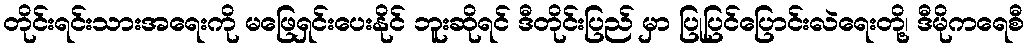
တိုင်းရင်းသားအရေးကို မဖြေရှင်းပေးနိုင် ဘူးဆိုရင် ဒီတိုင်းပြည် မှာ ပြုပြင်ပြောင်းလဲရေးတို့၊ ဒီမိုကရေစီ